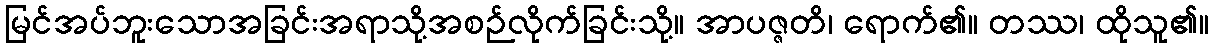
မြင်အပ်ဘူးသောအခြင်းအရာသို့အစဉ်လိုက်ခြင်းသို့။ အာပဇ္ဇတိ၊ ရောက်၏။ တဿ၊ ထိုသူ၏။